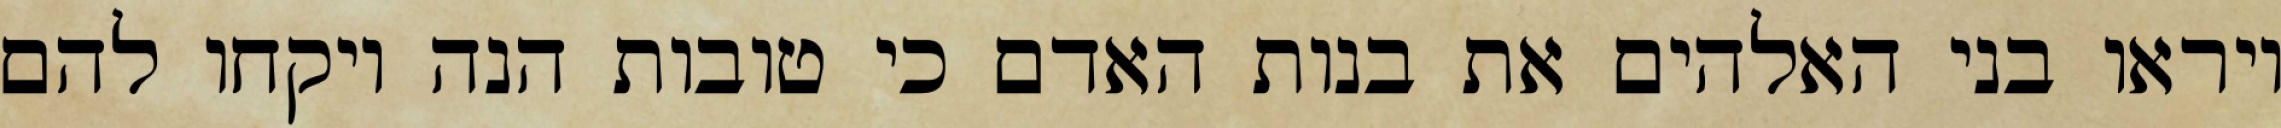
ויראו בני האלהים את בנות האדם כי טובות הנה ויקחו להם